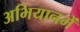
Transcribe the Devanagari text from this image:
अभियानमें